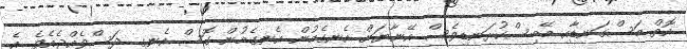
އޮތް މަސްގަނޑާއި މޭބިސްކުރަނޑިވެސް އޭނާޔަށް އެނގެމުން އެނގެމުން ގޮސް އެނގި ދަސްވެއްޖެއެވެ. އެ